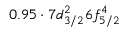
0 . 9 5 \cdot 7 d _ { 3 / 2 } ^ { 2 } 6 f _ { 5 / 2 } ^ { 4 }